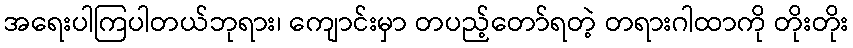
အရေးပါကြပါတယ်ဘုရား၊ ကျောင်းမှာ တပည့်တော်ရတဲ့ တရားဂါထာကို တိုးတိုး